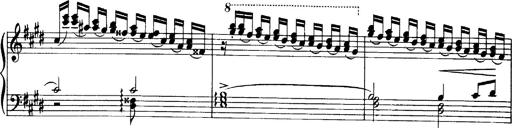
Title: OuvertÃ¼re zu TannhÃ¤user
Composer: Franz Liszt